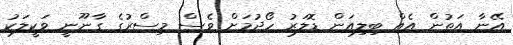
އޭނާ އަތުން އެއް ބިލިއަން ޑޮލަރު ހޯދުމަށް ވެސް މިސްރުގެ ގާނޫނީ ވަކީލަކު